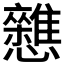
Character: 𭟦